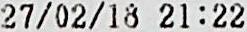
27/02/18 21:22